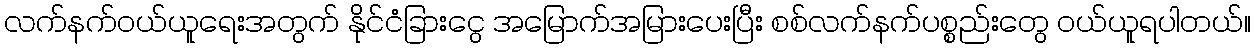
လက်နက်ဝယ်ယူရေးအတွက် နိုင်ငံခြားငွေ အမြောက်အမြားပေးပြီး စစ်လက်နက်ပစ္စည်းတွေ ဝယ်ယူရပါတယ်။